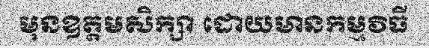
មុនឧត្តមសិក្សា ដោយមានកម្មវិធី